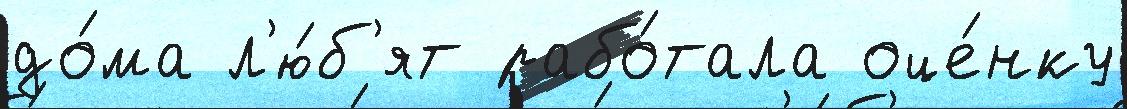
до́ма л'ю́б'ят рабо́тала оце́нку